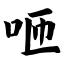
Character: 咂